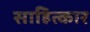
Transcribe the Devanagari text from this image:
साहित्कार